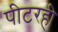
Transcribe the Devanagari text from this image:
पीटरही